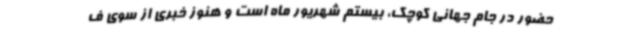
حضور در جام جهانی کوچک، بیستم شهریور ماه است و هنوز خبری از سوی ف